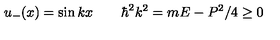
u _ { - } ( x ) = \sin k x \qquad \hbar ^ { 2 } k ^ { 2 } = m E - P ^ { 2 } / 4 \ge 0